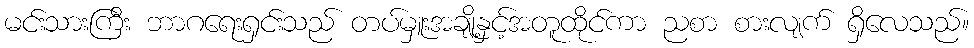
မင်းသားကြီး ဘာဂရေးရှင်းသည် တပ်မှူးအချို့နှင့်အတူထိုင်ကာ ညစာ စားလျက် ရှိလေသည်။